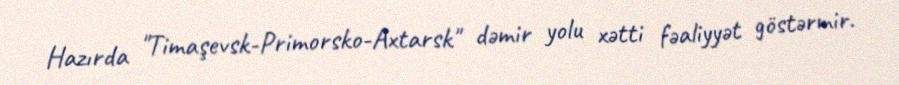
Hazırda "Timaşevsk-Primorsko-Axtarsk" dəmir yolu xətti fəaliyyət göstərmir.